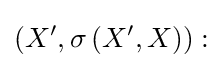
\left(X^{\prime },\sigma \left(X^{\prime },X\right)\right):